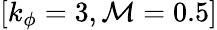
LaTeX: [k_{\phi}=3,\mathcal{M}=0.5]